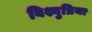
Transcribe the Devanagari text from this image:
बिश्नुप्रिया